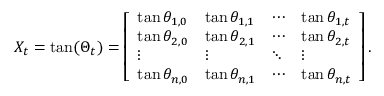
X _ { t } = \tan ( \Theta _ { t } ) = \left[ \begin{array} { l l l l } { \tan \theta _ { 1 , 0 } } & { \tan \theta _ { 1 , 1 } } & { \cdots } & { \tan \theta _ { 1 , t } } \\ { \tan \theta _ { 2 , 0 } } & { \tan \theta _ { 2 , 1 } } & { \cdots } & { \tan \theta _ { 2 , t } } \\ { \vdots } & { \vdots } & { \ddots } & { \vdots } \\ { \tan \theta _ { n , 0 } } & { \tan \theta _ { n , 1 } } & { \cdots } & { \tan \theta _ { n , t } } \end{array} \right] .